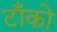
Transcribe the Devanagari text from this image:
टाँको